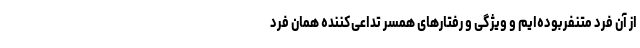
از آن فرد متنفربوده‌ایم و ویژگی و رفتارهای همسر تداعی‌کننده همان فرد